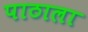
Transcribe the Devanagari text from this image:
पाठाला